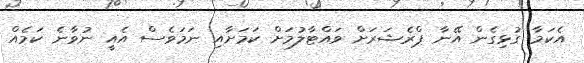
އެކަމާ ގުޅިގެން އޭނާ ޕްރެޝަރަށް ވައްޓާލުމަށް ކަމަށާއި ނަމަވެސް އެއީ ނުވާނެ ކަމެއް